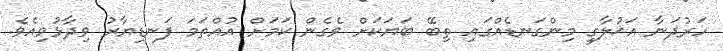
ހަރުދަނާ އަޚުލާގީ މިންގަނޑެއްގައި ތިބޭ ބަޔަކަށް ވެގެން ކަމަށް އުއްތަމަ ފަނޑިޔާރު ވިދާޅުވިއެވެ.